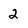
Character: 2